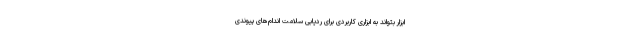
ابزار بتواند به ابزاری کاربردی برای ردیابی سلامت اندام‌های پیوندی